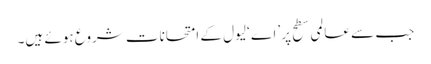
جب سے عالمی سطح پر ’اے ‘لیول کے امتحانات شروع ہوئے ہیں۔